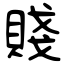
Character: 賤